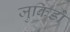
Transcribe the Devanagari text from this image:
जुकिडो